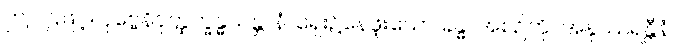
ဤပါဌ်ဖြင့်။ ပုဗ္ဗေနိဝုတ္ထက္ခန္ဓသန္တာနံ၊ ရှေး၌နေဖူးသော ခန္ဓာအစဉ်ကို။ အနုဿရန္တီနံ၊